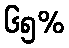
၆၅%